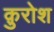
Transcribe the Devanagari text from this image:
क़ुरोश